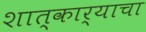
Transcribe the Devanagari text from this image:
शात्कार्याचा